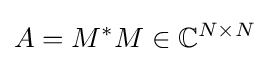
A=M^{*}M\in \mathbb {C} ^{N\times N}